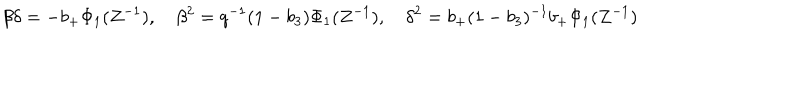
\beta \delta = - b _ { + } \Phi _ { 1 } ( Z ^ { - 1 } ) , \quad \beta ^ { 2 } = q ^ { - 1 } ( 1 - b _ { 3 } ) \Phi _ { 1 } ( Z ^ { - 1 } ) , \quad \delta ^ { 2 } = b _ { + } ( 1 - b _ { 3 } ) ^ { - 1 } b _ { + } \Phi _ { 1 } ( Z ^ { - 1 } )